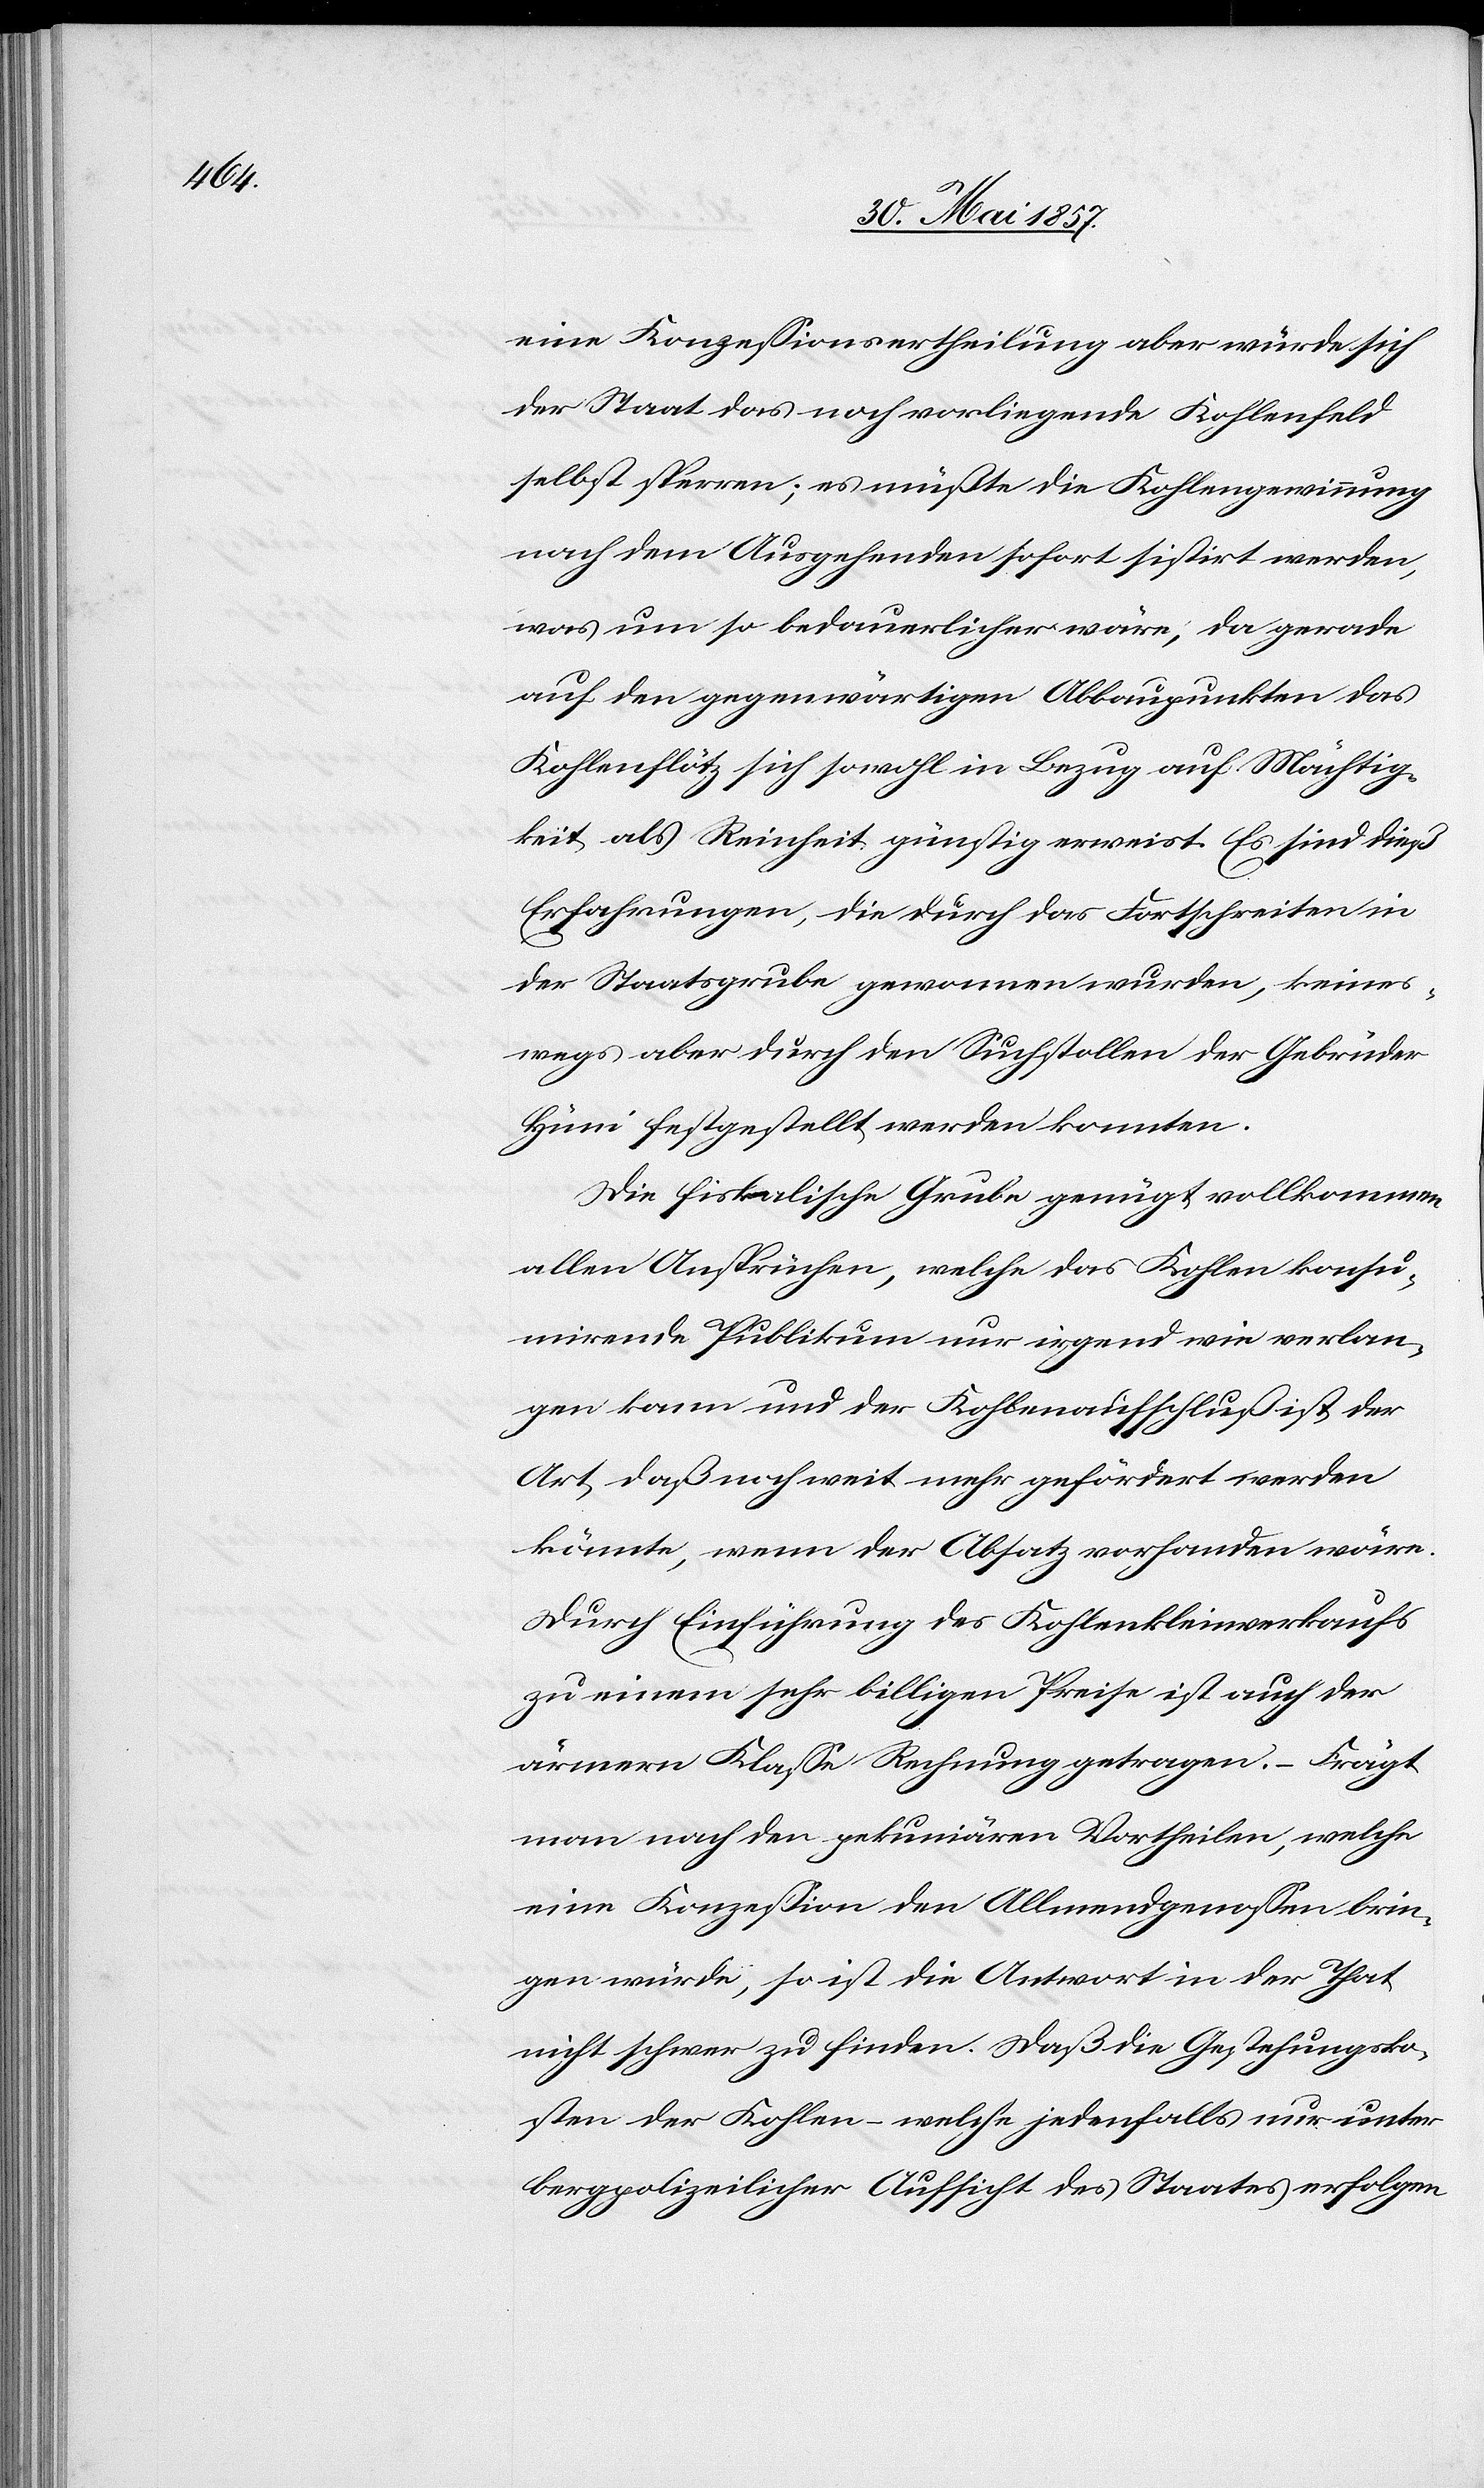
eine Konzessionsertheilung aber würde sich
der Staat das noch vorliegende Kohlenfeld
selbst sperren, es müßte die Kohlengewinnung
nach dem Ausgehenden sofort sistirt werden,
was um so bedauerlicher wäre, da gerade
auf den gegenwärtigen Abbaupunkten das
Kohlenflötz sich sowohl in Bezug auf Mächtig¬
keit als Reinheit günstig erweist. Es sind dieß
Erfahrungen, die durch das Fortschreiten in
der Staatsgrube gewonnen wurden, keines¬
wegs aber durch den Suchstollen der Gebrüder
Hüni festgestellt werden konnten.
Die fiskalische Grube genügt vollkommen
allen Ansprüchen, welche das Kohlen konsu¬
mirende Publikum nur irgend wie verlan¬
gen kann und der Kohlenaufschluß ist der
Art daß noch weit mehr gefördert werden
könnte, wenn der Absatz vorhanden wäre.
Durch Einführung des Kohlenkleinverkaufs
zu einem sehr billigen Preise ist auch der
ärmern Klasse Rechnung getragen. – Frägt
man nach den pekuniären Vortheilen, welche
eine Konzession den Allmendsgenossen brin¬
gen würde, so ist die Antwort in der That
nicht schwer zu finden. Daß die Gestehungsko¬
sten der Kohlen – welche jedenfalls nur unter
bergpolizeilicher Aufsicht des Staates erfolgen